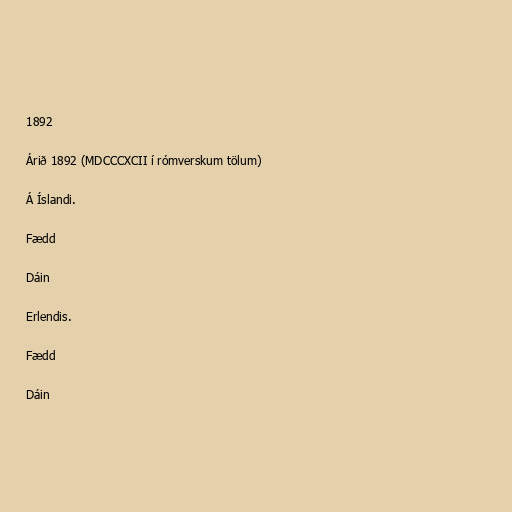
1892

Árið 1892 (MDCCCXCII í rómverskum tölum)

Á Íslandi.

Fædd

Dáin

Erlendis.

Fædd

Dáin